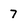
Character: 7